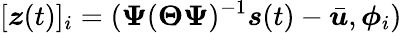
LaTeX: [\boldsymbol{z}(t)]_{i}=(\boldsymbol{\Psi}(\boldsymbol{\Theta}\boldsymbol{\Psi})^{-1}\boldsymbol{s}(t)-\bar{\boldsymbol{u}},\boldsymbol{\phi}_{i})